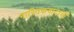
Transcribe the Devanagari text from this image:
नास्तिकवादाची